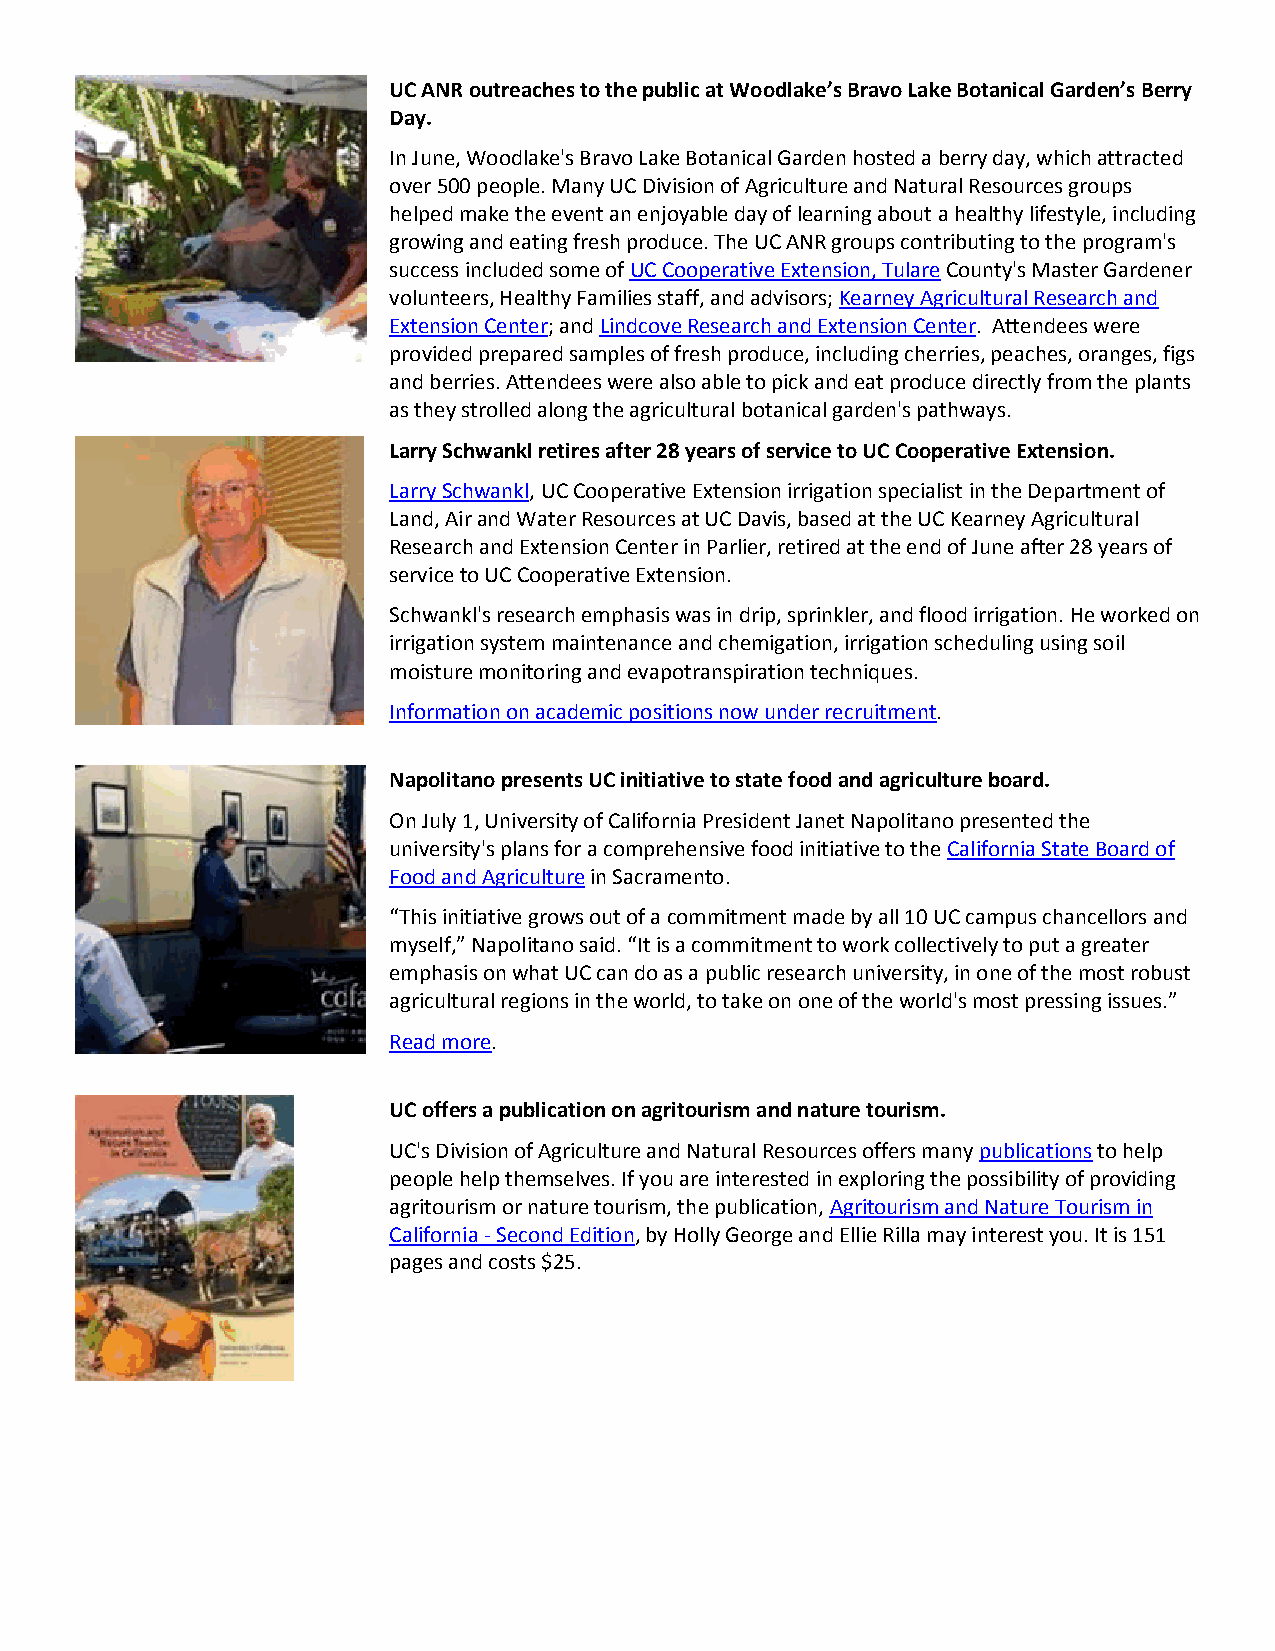
UC ANR outreaches to the public at Woodlake’s Bravo Lake Botanical Garden’s Berry
 Day.
 In June, Woodlake's Bravo Lake Botanical Garden hosted a berry day, which attracted
 over 500 people. Many UC Division of Agriculture and Natural Resources groups
 helped make the event an enjoyable day of learning about a healthy lifestyle, including
 growing and eating fresh produce. The UC ANR groups contributing to the program's
 success included some of UC Cooperative Extension, Tulare County's Master Gardener
 volunteers, Healthy Families staff, and advisors; Kearney Agricultural Research and
 Extension Center; and Lindcove Research and Extension Center. Attendees were
 provided prepared samples of fresh produce, including cherries, peaches, oranges, figs
 and berries. Attendees were also able to pick and eat produce directly from the plants
 as they strolled along the agricultural botanical garden's pathways.
 Larry Schwankl retires after 28 years of service to UC Cooperative Extension.
 Larry Schwankl, UC Cooperative Extension irrigation specialist in the Department of
 Land, Air and Water Resources at UC Davis, based at the UC Kearney Agricultural
 Research and Extension Center in Parlier, retired at the end of June after 28 years of
 service to UC Cooperative Extension.
 Schwankl's research emphasis was in drip, sprinkler, and flood irrigation. He worked on
 irrigation system maintenance and chemigation, irrigation scheduling using soil
 moisture monitoring and evapotranspiration techniques.
 Information on academic positions now under recruitment.
 Napolitano presents UC initiative to state food and agriculture board.
 On July 1, University of California President Janet Napolitano presented the
 university's plans for a comprehensive food initiative to the California State Board of
 Food and Agriculture in Sacramento.
 “This initiative grows out of a commitment made by all 10 UC campus chancellors and
 myself,” Napolitano said. “It is a commitment to work collectively to put a greater
 emphasis on what UC can do as a public research university, in one of the most robust
 agricultural regions in the world, to take on one of the world's most pressing issues.”
 Read more.
 UC offers a publication on agritourism and nature tourism.
 UC's Division of Agriculture and Natural Resources offers many publications to help
 people help themselves. If you are interested in exploring the possibility of providing
 agritourism or nature tourism, the publication, Agritourism and Nature Tourism in
 California - Second Edition, by Holly George and Ellie Rilla may interest you. It is 151
 pages and costs $25.